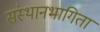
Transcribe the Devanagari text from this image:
संस्थानभागिता